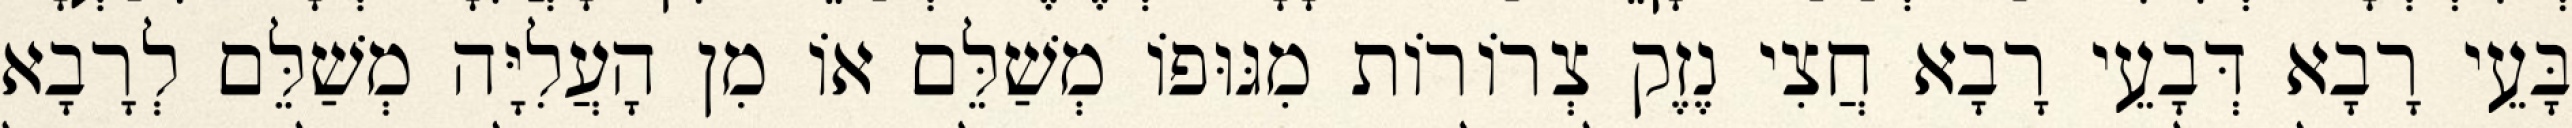
בָּעֵי רָבָא דְּבָעֵי רָבָא חֲצִי נֶזֶק צְרוֹרוֹת מִגּוּפוֹ מְשַׁלֵּם אוֹ מִן הָעֲלִיָּה מְשַׁלֵּם לְרָבָא